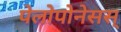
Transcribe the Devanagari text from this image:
पेलोपोनेसस्